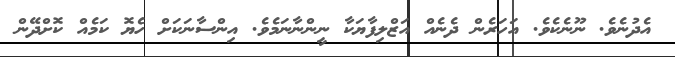
އެދުނެވެ. ނޫނެކެވެ. އަހަރެން ދެނެއް އަޒްލިފާޔަކާ ނީންނާނަމެެވެ. އިންސާނަކަށް ހެޔޮ ކަމެއް ކޮށްދޭން